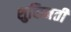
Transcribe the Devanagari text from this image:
शुक्तिमती